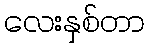
လေးနှစ်တာ